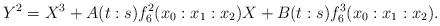
LaTeX: \begin{align*}Y^2=X^3+A(t:s)f_6^2(x_0:x_1:x_2)X+B(t:s)f_6^3(x_0:x_1:x_2).\end{align*}